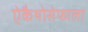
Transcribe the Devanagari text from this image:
ऐकैथोसेफाला